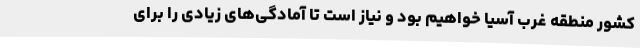
کشور منطقه غرب آسیا خواهیم بود و نیاز است تا آمادگی‌های زیادی را برای